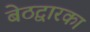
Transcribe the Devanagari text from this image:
बेठद्वारका